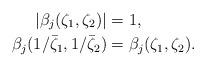
LaTeX: \begin{align*}|\beta_j(\zeta_1,\zeta_2)|&=1, \\\beta_j(1/\bar\zeta_1,1/\bar\zeta_2)&={\beta_j(\zeta_1,\zeta_2)}.\end{align*}